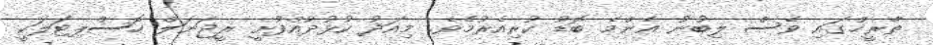
ތާރީޚްގައި ވެސް ލިބުނު އެންމެ ބޮޑު ކުރިއެރުމެވެ. މިއަދު ކުޅުދުއްފުށީ ރީޖަނަލް ހޮސްޕިޓަލަކީ